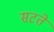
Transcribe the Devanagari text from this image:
सटते